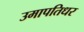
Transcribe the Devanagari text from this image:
उमापतिधर